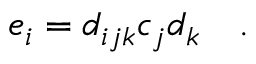
e _ { i } = d _ { i j k } c _ { j } d _ { k } \quad .